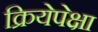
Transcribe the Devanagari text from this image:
क्रियेपेक्षा